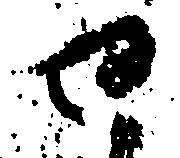
せ